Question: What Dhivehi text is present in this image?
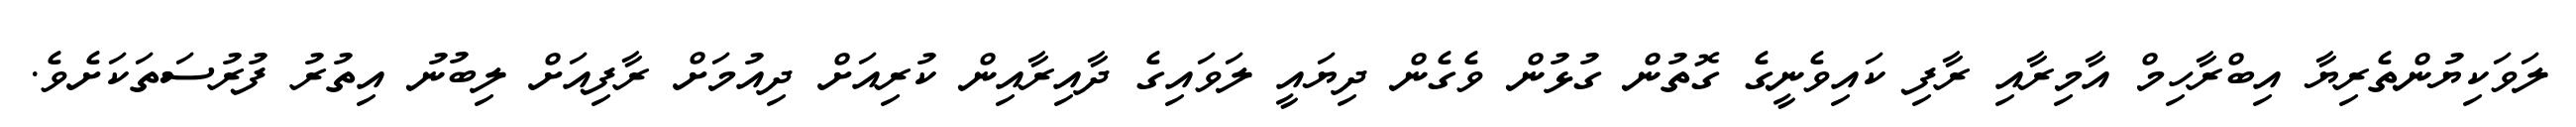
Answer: ލަވަކިޔުންތެރިޔާ އިބްރާހިމް އާމިރާއި ރާފި ކައިވެނީގެ ގޮތުން ގުޅުން ވެގެން ދިޔައީ ލަވައިގެ ދާއިރާއިން ކުރިއަށް ދިއުމަށް ރާފިއަށް ލިބުނު އިތުރު ފުރުސަތަކަށެވެ.